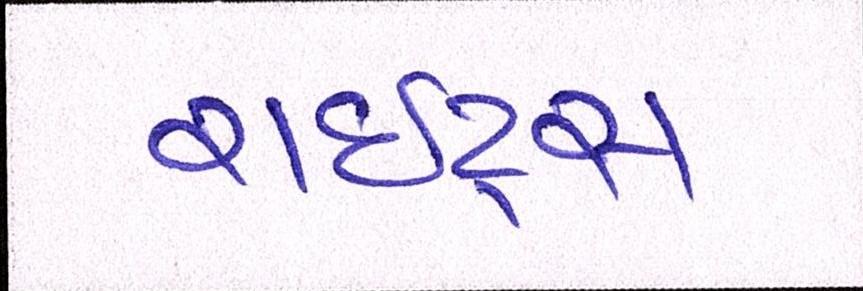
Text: રાઇટ્સ